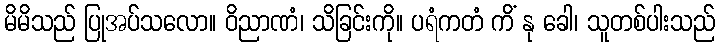
မိမိသည် ပြုအပ်သလော။ ဝိညာဏံ၊ သိခြင်းကို။ ပရံကတံ ကိံ နု ခေါ၊ သူတစ်ပါးသည်